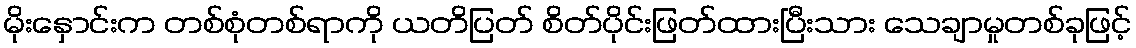
မိုးနှောင်းက တစ်စုံတစ်ရာကို ယတိပြတ် စိတ်ပိုင်းဖြတ်ထားပြီးသား သေချာမှုတစ်ခုဖြင့်